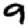
Digit: 9